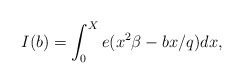
\begin{align*}I(b)=\int_0^X e(x^2\beta-bx/q)dx,\end{align*}